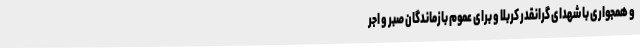
و همجواری با شهدای گرانقدر کربلا و برای عموم بازماندگان صبر و اجر